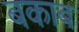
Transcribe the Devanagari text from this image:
बकाब